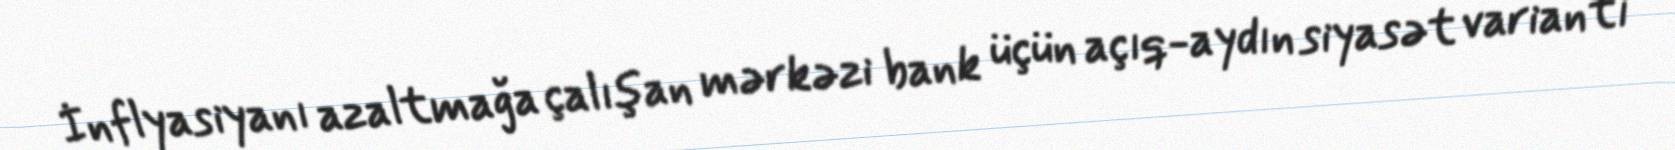
İnflyasiyanı azaltmağa çalışan mərkəzi bank üçün açıq-aydın siyasət variantı